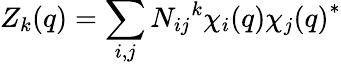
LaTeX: Z_{k}(q)=\sum_{i,j}N_{ij}{}^{k}\chi_{i}(q){\chi_{j}(q)}^{*}